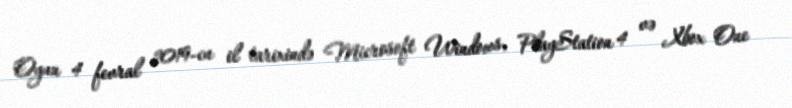
Oyun 4 fevral 2019-cu il tarixində Microsoft Windows, PlayStation 4 və Xbox One